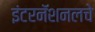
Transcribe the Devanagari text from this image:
इंटरनॅशनलचे